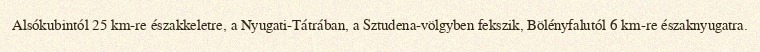
Alsókubintól 25 km-re északkeletre, a Nyugati-Tátrában, a Sztudena-völgyben fekszik, Bölényfalutól 6 km-re északnyugatra.